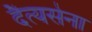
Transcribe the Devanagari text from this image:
दैत्यसेना